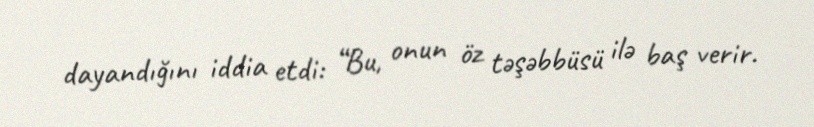
dayandığını iddia etdi: “Bu, onun öz təşəbbüsü ilə baş verir.